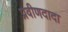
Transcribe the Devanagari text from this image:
प्रवीणदादा